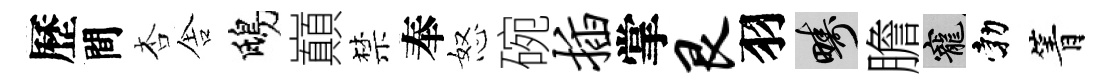
歷間杏舎鴟巔禁奉怒碗插掌艮羽疇膽寵勃箐